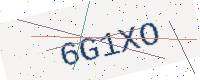
Text: 6G1XO